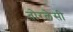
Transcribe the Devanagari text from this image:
तोरलेसी